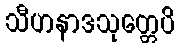
သီဟနာဒသုတ္တေပိ